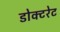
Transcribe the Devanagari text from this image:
डोक्टरेट